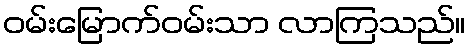
ဝမ်းမြောက်ဝမ်းသာ လာကြသည်။